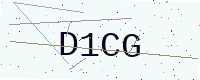
Text: D1CG